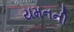
યમનની